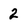
Character: 2